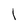
Character: l